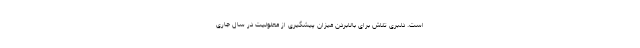
است. دلبری تلاش برای بالابردن میزان پیشگیری از معلولیت در سال جاری